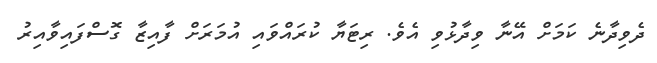
ދެވިދާނެ ކަމަށް އޭނާ ވިދާޅުވި އެވެ. ރިޓަޔާ ކުރައްވައި އުމަރަށް ފާއިޒާ ގޮސްފައިވާއިރު